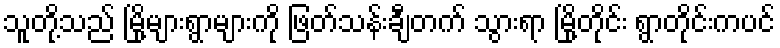
သူတို့သည် မြို့များရွာများကို ဖြတ်သန်းချီတက် သွားရာ မြို့တိုင်း ရွာတိုင်းကပင်